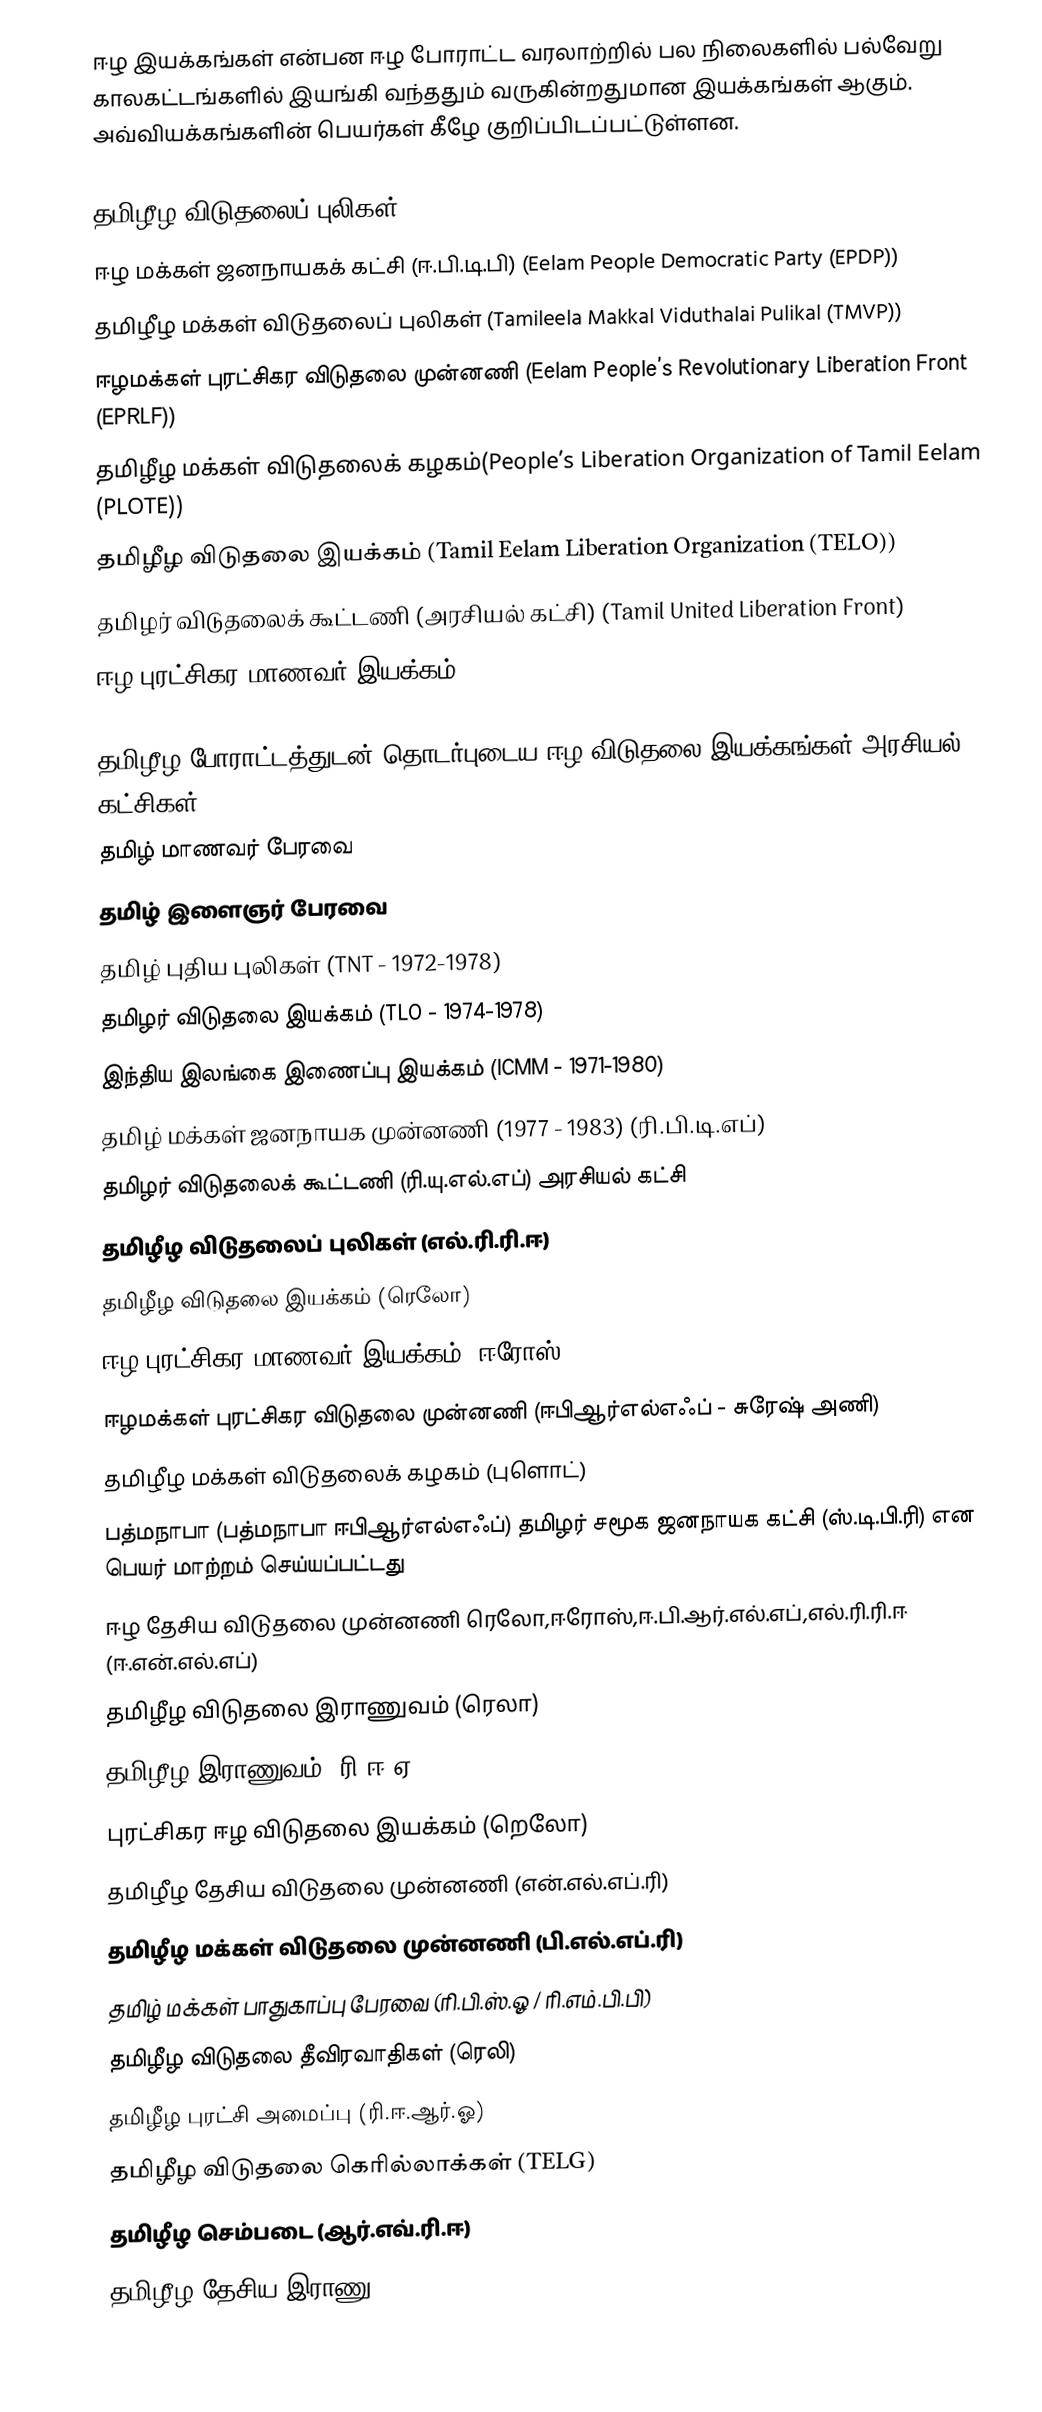
ஈழ இயக்கங்கள் என்பன ஈழ போராட்ட வரலாற்றில் பல நிலைகளில் பல்வேறு காலகட்டங்களில் இயங்கி வந்ததும் வருகின்றதுமான இயக்கங்கள் ஆகும். அவ்வியக்கங்களின் பெயர்கள் கீழே குறிப்பிடப்பட்டுள்ளன.

 தமிழீழ விடுதலைப் புலிகள் (Liberation Tigers of Tamil Eelam (LTTE))
 ஈழ மக்கள் ஜனநாயகக் கட்சி (ஈ.பி.டி.பி) (Eelam People Democratic Party (EPDP))
 தமிழீழ மக்கள் விடுதலைப் புலிகள் (Tamileela Makkal Viduthalai Pulikal (TMVP))
 ஈழமக்கள் புரட்சிகர விடுதலை முன்னணி (Eelam People’s Revolutionary Liberation Front (EPRLF))
தமிழீழ மக்கள் விடுதலைக் கழகம்(People’s Liberation Organization of Tamil Eelam (PLOTE))
 தமிழீழ விடுதலை இயக்கம் (Tamil Eelam Liberation Organization (TELO))
 தமிழர் விடுதலைக் கூட்டணி (அரசியல் கட்சி) (Tamil United Liberation Front)
 ஈழ புரட்சிகர மாணவர் இயக்கம் (Eelam Revolutionary Organization of Students (EROS))

தமிழீழ போராட்டத்துடன் தொடர்புடைய ஈழ விடுதலை இயக்கங்கள்/அரசியல் கட்சிகள்
 தமிழ் மாணவர் பேரவை
 தமிழ் இளைஞர் பேரவை
 தமிழ் புதிய புலிகள் (TNT  - 1972-1978)
 தமிழர் விடுதலை இயக்கம் (TLO  - 1974-1978)
 இந்திய இலங்கை இணைப்பு இயக்கம் (ICMM - 1971-1980)
 தமிழ் மக்கள் ஜனநாயக முன்னணி  (1977 - 1983) (ரி.பி.டி.எப்)
 தமிழர் விடுதலைக் கூட்டணி (ரி.யு.எல்.எப்) அரசியல் கட்சி
 தமிழீழ விடுதலைப் புலிகள் (எல்.ரி.ரி.ஈ)
 தமிழீழ விடுதலை இயக்கம் (ரெலோ)
 ஈழ புரட்சிகர மாணவர் இயக்கம் (ஈரோஸ்)
 ஈழமக்கள் புரட்சிகர விடுதலை முன்னணி (ஈபிஆர்எல்எஃப் - சுரேஷ் அணி)
 தமிழீழ மக்கள் விடுதலைக் கழகம் (புளொட்)
 பத்மநாபா (பத்மநாபா ஈபிஆர்எல்எஃப்) தமிழர் சமூக ஜனநாயக கட்சி (ஸ்.டி.பி.ரி) என பெயர் மாற்றம் செய்யப்பட்டது
 ஈழ தேசிய விடுதலை முன்னணி ரெலோ,ஈரோஸ்,ஈ.பி.ஆர்.எல்.எப்,எல்.ரி.ரி.ஈ (ஈ.என்.எல்.எப்)
 தமிழீழ விடுதலை இராணுவம் (ரெலா)
 தமிழீழ இராணுவம் (ரி.ஈ.ஏ)
 புரட்சிகர ஈழ விடுதலை இயக்கம் (றெலோ)
 தமிழீழ தேசிய விடுதலை முன்னணி (என்.எல்.எப்.ரி)
 தமிழீழ மக்கள் விடுதலை முன்னணி (பி.எல்.எப்.ரி)
 தமிழ் மக்கள் பாதுகாப்பு பேரவை (ரி.பி.ஸ்.ஓ / ரி.எம்.பி.பி)
 தமிழீழ விடுதலை தீவிரவாதிகள் (ரெலி)
 தமிழீழ புரட்சி அமைப்பு (ரி.ஈ.ஆர்.ஓ)
 தமிழீழ விடுதலை கெரில்லாக்கள் (TELG)
 தமிழீழ செம்படை (ஆர்.எவ்.ரி.ஈ)
 தமிழீழ தேசிய இராணு